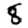
Digit: 8